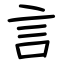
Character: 言